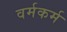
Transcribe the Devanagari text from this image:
वर्मकर्म